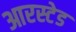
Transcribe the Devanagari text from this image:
आरस्टेड